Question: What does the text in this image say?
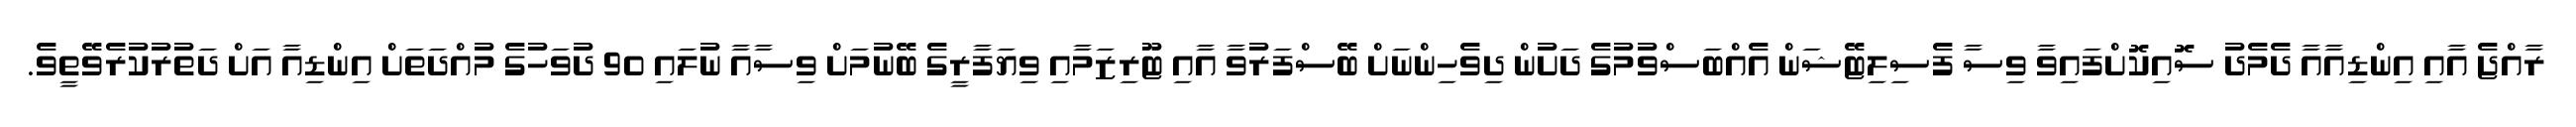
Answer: ރާއްޖެ އާއި އިންޑިއާއާ ދެމެދު ސޮއިކޮށްފައިވާ ވިސާ ފެސިލިޓޭޝަން އެއްބަސްވުމުގެ ދަށުން ދިވެހިންނަށް ބޭސްފަރުވާ އާއި ޓޫރިޒަމާއި ވިޔަފާރީގެ ބޭނުމަށް ވިސާއާ ނުލައި 90 ދުވަހުގެ މުއްދަތަށް އިންޑިއާ އަށް ދަތުރުކުރެވޭތީވެ.